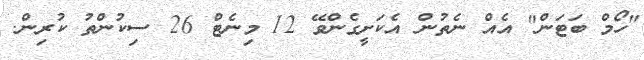
"ހޯމް ބަޓަން" އެއް ނެތުން އެކަށީގެންވޭ 12 މިނެޓް 26 ސިކުންތު ކުރިން.